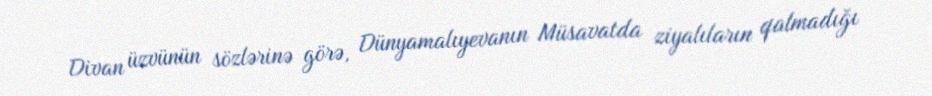
Divan üzvünün sözlərinə görə, Dünyamalıyevanın Müsavatda ziyalıların qalmadığı